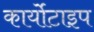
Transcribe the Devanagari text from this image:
कार्योटाइप